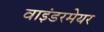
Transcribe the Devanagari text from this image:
वाइंडरमेयर